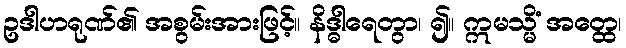
ဥဒါဟရုဏ်၏ အစွမ်းအားဖြင့်။ နိဒ္ဓါရေတွာ၊ ၍။ ဣမသ္မိံ အတ္ထေ၊